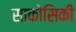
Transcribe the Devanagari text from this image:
साकोसिकी